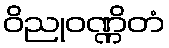
ဝိညုဝဏ္ဏိတံ